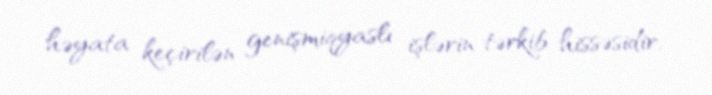
həyata keçirilən genişmiqyaslı işlərin tərkib hissəsidir.